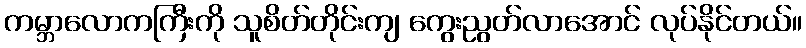
ကမ္ဘာလောကကြီးကို သူစိတ်တိုင်းကျ ကွေးညွတ်လာအောင် လုပ်နိုင်တယ်။